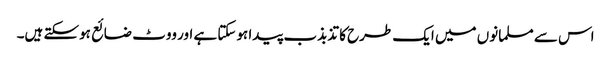
اس سے مسلمانوں میں ایک طرح کا تذبذب پیدا ہوسکتا ہے اور ووٹ ضائع ہوسکتے ہیں۔